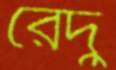
রেদু